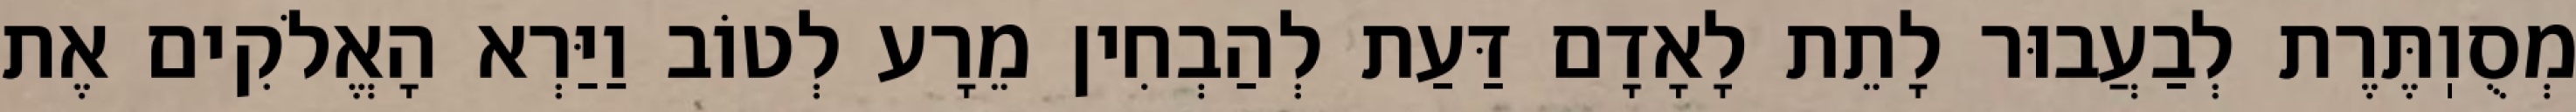
מְסֻוֽתֶּרֶת לְבַעֲבוּר לָתֵת לָאָדָם דַּעַת לְהַבְחִין מֵרָע לְטוֹב וַיַּרְא הָאֱלֹקִים אֶת